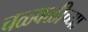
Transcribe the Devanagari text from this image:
चळ्वळीच्या